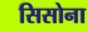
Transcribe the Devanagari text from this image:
सिसोना